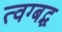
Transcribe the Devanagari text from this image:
त्वग्बद्ध